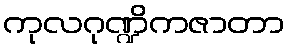
ကုလဂုဏ္ဍိကဇာတာ